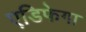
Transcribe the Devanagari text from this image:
एडिफेगा